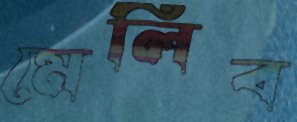
মেলিব